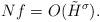
LaTeX: \begin{align*}Nf =O(\tilde{H}^\sigma).\end{align*}